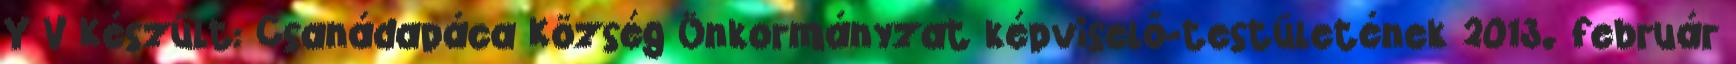
Y V Készült: Csanádapáca Község Önkormányzat képviselő-testületének 2013. február